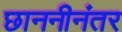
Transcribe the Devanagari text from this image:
छाननीनंतर